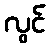
လွင်